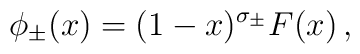
\phi_{\pm} (x) = (1-x )^{\sigma_{\pm}} F(x)\,,